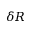
\delta R